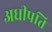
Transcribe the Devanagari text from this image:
अधीपति